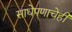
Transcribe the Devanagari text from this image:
साधेपणाचेही